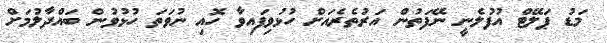
މަޑު ޕަލޭޓް އުފުލެނީ ނޭފަތުން އަރުތެރެއަށް ހުޅުވިފައިވާ ހޮއި ނުވަތަ ހުޅުވުން ބައްދާލުމަށް